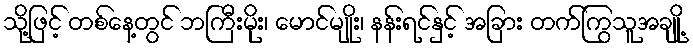
သို့ဖြင့် တစ်နေ့တွင် ဘကြီးမိုး၊ မောင်မျိုး၊ နန်းရင်နှင့် အခြား တက်ကြွသူအချို့